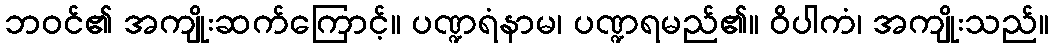
ဘဝင်၏ အကျိုးဆက်ကြောင့်။ ပဏ္ဍရံနာမ၊ ပဏ္ဍရမည်၏။ ဝိပါကံ၊ အကျိုးသည်။